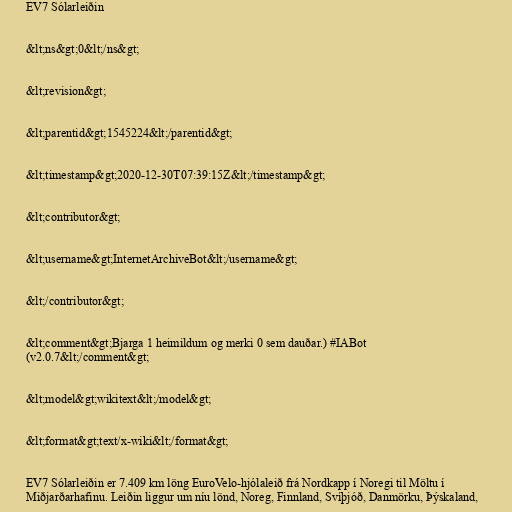
EV7 Sólarleiðin

&lt;ns&gt;0&lt;/ns&gt;

&lt;revision&gt;

&lt;parentid&gt;1545224&lt;/parentid&gt;

&lt;timestamp&gt;2020-12-30T07:39:15Z&lt;/timestamp&gt;

&lt;contributor&gt;

&lt;username&gt;InternetArchiveBot&lt;/username&gt;

&lt;/contributor&gt;

&lt;comment&gt;Bjarga 1 heimildum og merki 0 sem dauðar.) #IABot
(v2.0.7&lt;/comment&gt;

&lt;model&gt;wikitext&lt;/model&gt;

&lt;format&gt;text/x-wiki&lt;/format&gt;

EV7 Sólarleiðin er 7.409 km löng EuroVelo-hjólaleið frá Nordkapp í Noregi til Möltu í
Miðjarðarhafinu. Leiðin liggur um níu lönd, Noreg, Finnland, Svíþjóð, Danmörku, Þýskaland,